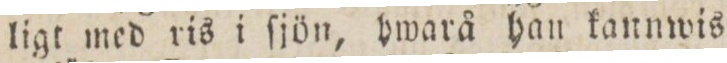
ligt med ris i ſjön, hwarå han kannwis